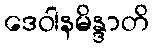
ဒေဝါနမိန္ဒာတိ